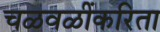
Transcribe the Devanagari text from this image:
चळवळींकरिता